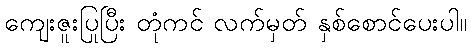
ကျေးဇူးပြုပြီး တုံကင် လက်မှတ် နှစ်စောင်ပေးပါ။